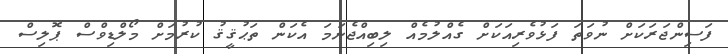
ފަސިންޖަރަކަށް ނުވަތަ ފަޅުވެރިއަކަށް ގެއްލުމެއް ލިބިއްޖެނަމަ އެކަން ތަޙުޤީޤު ކުރުމަށް މޯލްޑިވްސް ޕޮލިސް